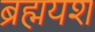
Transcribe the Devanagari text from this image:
ब्रह्मयश